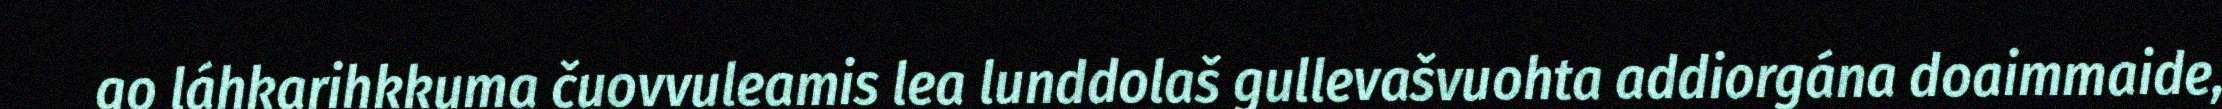
go láhkarihkkuma čuovvuleamis lea lunddolaš gullevašvuohta addiorgána doaimmaide,